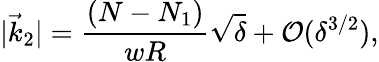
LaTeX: |\vec{k}_{2}|={\frac{(N-N_{1})}{wR}}\sqrt{\delta}+{\mathcal{O}}(\delta^{3/2}),